Annual statistical returns and brief notes on vaccination in Bengal - 1896-1909
Year: 1896
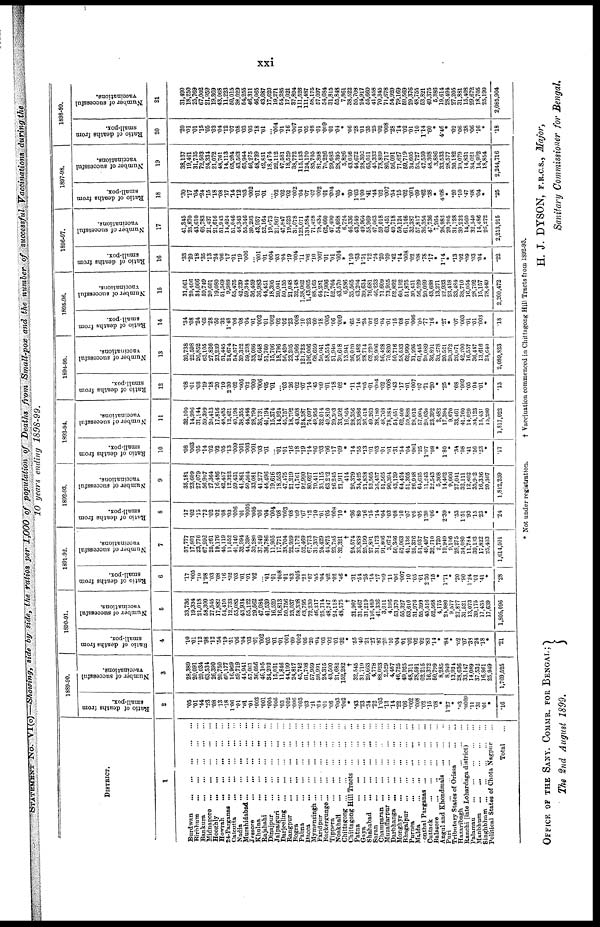
xxi
STATEMENT No. VI (c) —Showing, side by side, the ratios per 1,000 of population of Deaths from Small-pox and the number of successful Vaccinations during the
10 years ending 1898-99.
DISTRICT.
1
Burdwan
...
...
...
...
...
Birbhum
...
...
...
...
...
Bankura
...
...
...
...
...
Midnapore
...
...
...
...
...
Hooghly
...
...
...
...
...
Howrah
...
...
...
...
...
24-Parganas
...
...
...
...
...
Calcutta
...
...
...
...
...
Nadia
...
...
...
...
...
Murshidabad
...
...
...
...
...
Jessore
...
...
...
...
...
Khulna
...
...
...
...
...
Rajshahi
...
...
...
...
...
Dinajpur
...
...
...
...
...
Jalpaiguri
...
...
...
...
...
Darjeeling
...
...
...
...
...
Rangpur
...
...
...
...
...
Bogra
...
...
...
...
...
Pabna
...
...
...
...
...
Dacca
...
...
...
...
...
Mymensingh
...
...
...
...
...
Faridpur
...
...
...
...
...
Backergunge
...
...
...
...
...
Tippera
...
...
...
...
...
Noakhali
...
...
...
...
...
Chittagong
...
...
...
...
...
Chittagong Hill Tracts
...
...
...
Patna
...
...
...
...
...
Gaya
...
...
...
...
...
Shahabad
...
...
...
...
...
Saran
...
...
...
...
...
Champaran
...
...
...
...
...
Muzaffarpur
...
...
...
...
...
Darbhanga
...
...
...
...
...
Monghyr
...
...
...
...
...
Bhagalpur
...
...
...
...
...
Purnea
...
...
...
...
...
Malda
...
...
...
...
...
Sonthal Parganas
...
...
...
...
Guttack
...
...
...
...
...
Balasore
...
...
...
...
...
Angul and Khondmals
...
...
...
Puri
...
...
...
...
...
Tributary States of Orissa
...
...
Hazaribagh
...
...
...
Ranchi (late Lohardaga district) ...
Palamau
...
...
...
...
...
Manbhum
...
...
...
...
...
Singhbhum
...
...
...
...
...
Political States of Chota Nagpur ...
Total ...
1889-90.
Ratio of deaths from
small-pox.
2
.05
.01
.44
.23
.08
.13
.18
1.06
.01
.01
.01
.003
.001
.005
.005
.03
.002
.006
.003
.03
.21
.01
.01
.06
.003
.002
*
.43
.23
.34
.22
1.03
.13
.14
.22
.06
.002
.008
.02
.15
.08
*
1.27
*
.03
.0009
.11
.31
.01
*
.16
Number of successful
vaccinations.
3
28,380
20,091
29,034
63,534
26,390
20,750
60,177
16,969
59,719
44,941
57,061
36,056
46,105
34,202
15,031
11,846
44,199
24,817
45,742
61,708
57,959
38,991
24,315
43,500
21,682
152,282
†
32,545
31,719
29,663
4,778
88,023
2,529
4,467
46,725
49,925
48,311
28,591
62,215
16,372
50,799
8,285
8,940
13,934
28,636
33,147
14,089
37,532
16,861
25,949
1,769,525
1890-91.
Ratio of deaths from
small-pox.
4
.10
.01
.12
.98
.12
.54
.19
.51
.06
.04
.03
.01
.002
.03
.01
.01
.001
.09
.002
.05
.20
.04
.03
.02
.01
.32
*
.55
.40
.21
.27
.87
.20
.10
.04
.01
.02
.02
.02
.83
.14
*
.84
*
.02
.07
.33
.24
.18
*
.21
Number of successful
vaccinations.
5
33,736
19,334
21,018
58,300
27,545
17,882
54,410
12,733
55,085
43,934
55,122
29,562
47,084
41,539
16,529
16,813
50,756
23,037
58,338
63,795
72,230
46,317
25,714
48,747
24,118
48,575
†
31,907
31,467
31,219
116,489
41,336
3,011
4,196
53,370
55,327
53,610
31,976
55,399
45,516
52,568
4,175
21,980
9,577
27,877
31,521
13,073
39,175
17,435
17,639
1,805,096
1891-92.
Ratio of deaths from
small-pox.
6
.17
.005
.10
1.98
.03
.08
.16
.02
.03
.01
.01
.02
...
.01
.01
.008
.01
.03
.005
.21
.07
.05
.04
.02
.02
.46
*
.31
.54
.25
.14
.17
.09
.11
.06
.007
.10
.05
.01
2.36
.15
*
1.71
*
.20
.90
1.24
.01
.41
*
.28
Number of successful
vaccinations.
7
37,777
17,801
23,776
67,992
25,261
19,176
45,119
11,552
41,140
32,994
44,398
30,280
37,249
36,786
11,905
17,771
38,704
22,959
41,172
52,469
67,773
31,357
24,429
44,875
23,795
32,321
†
24,574
33,838
25,199
27,891
31,173
91,806
3,672
50,366
57,063
41,136
25,376
51,037
49,497
32,710
2,720
19,949
9,106
28,275
34,080
11,784
39,193
17,822
25,403
1,614,501
1892-93.
Ratio of deaths from
small-pox.
8
.17
.02
.15
.72
.02
.02
.08
.03
.006
.01
.0005
.005
.06
.04
.004
.08
.003
.08
.09
.67
.12
.10
.01
.05
.008
.10
*
.36
.80
.16
.15
.14
.04
.03
.08
.10
.07
.05
.05
1.30
.06
*
2.39
*
.53
1.51
.93
.15
.23
*
.24
Number of successful
vaccinations.
9
35,181
23,609
27,079
56,907
27,364
16,486
42,457
12,322
59,431
41,861
50,564
33,081
41,277
44,496
19,616
18,553
47,475
21,219
41,761
92,990
80,627
70,411
35,115
63,212
26,245
21,911
414
26,379
34,425
21,838
52,505
25,437
51,565
90,394
43,139
64,424
51,305
26,918
64,635
11,243
22,543
5,308
14,462
9,666
27,041
32,111
12,602
35,962
16,336
20,307
1,812,259
1893-94.
Ratio of deaths from
small-pox.
10
.08
.003
.05
.14
.02
.02
.05
.13
.009
.001
.003
.001
.03
.01
...
.01
.01
.16
.18
.19
.14
.06
.03
.06
.17
.09
*
.14
.55
.13
.01
.03
.01
.01
.31
.54
.04
.001
.25
1.07
.08
*
1.80
*
.34
.08
.41
.56
.23
*
.17
Number of successful
vaccinations.
11
32,100
14,996
31,144
59,399
20,413
17,816
48,485
12,421
40,198
38,355
44,846
28,790
36,731
41,194
15,374
14,924
45,757
18,792
43,408
124,387
74,097
49,958
32,014
49,810
29,303
33,592
16,564
28,356
33,986
36,418
49,263
38,180
48,768
78,384
54,451
62,400
59,888
28,013
57,004
20,030
23,392
2,482
17,394
9,670
33,461
41,760
14,020
34,123
15,431
15,280
1,817,022
1894-95.
Ratio of deaths from
small-pox.
12
.08
.01
.08
.19
.18
.20
.10
2.30
.02
.005
.02
.009
.006
.05
.01
...
.03
.26
.02
.07
.14
.45
.09
.01
.18
.02
*
.11
.14
.05
.01
.004
.02
.008
.43
.17
.01
.007
.07
.71
.20
*
.25
*
.08
.009
.05
.04
.01
*
.13
Number of successful
vaccinations.
13
39,738
22,598
26,852
63,105
27,826
23,239
51,445
24,674
54,577
39,322
59,208
33,086
42,648
51,760
15,706
18,796
56,420
23,205
44,966
121,723
106,006
68,659
50,041
58,554
51,940
30,618
13,941
26,020
33,482
28,714
62,220
35,906
56,428
70,820
50,716
58,533
62,999
31,295
61,445
20,089
36,801
33,278
20,521
20,372
26,071
42,200
16,557
36,447
13,616
24,640
2,089,823
1895-96.
Ratio of deaths from
small-pox.
14
.34
.08
.24
.65
.28
.50
.32
1.48
.06
.08
.04
.01
.002
.01
.002
.02
.02
.23
.008
.10
.23
.60
.18
.005
.06
.009
*
.65
.16
.24
.02
.03
.04
.01
.15
.08
.01
.006
.04
.77
.16
*
.27
*
.07
.003
.01
.01
.003
*
.18
Number of successful
vaccinations.
15
31,061
20,406
34,066
59,749
20,601
19,080
51,569
9,988
55,475
42,239
59,344
36,459
36,983
44,451
18,395
20,041
50,155
21,048
32,148
1,38,062
1,43,005
88,165
64,281
77,906
52,764
43,570
6,586
35,565
43,204
39,634
76,681
46,233
71,609
73,955
52,892
60,192
51,875
30,451
56,529
20,099
43,688
13,271
22,933
23,418
33,484
38,710
16,054
28,792
15,157
28,449
2,200,472
1896-97.
Ratio of deaths from
small-pox.
16
.33
.29
.18
.35
.13
.24
.06
.17
.01
.19
.006
...
.001
.01
.004
.03
.04
.19
.004
.11
.06
.10
.007
.01
.01
.004
*
1.10
.63
1.51
.12
.24
.20
.09
.42
.14
.008
.02
.08
.78
.17
*
1.14
*
.13
.02
.09
.03
.04
*
.22
Number of successful
vaccinations.
17
41,345
25,870
43,610
65,783
21,437
21,616
51,943
14,424
51,046
46,343
55,346
30,293
43,957
52,164
19,073
21,867
47,847
19,523
31,078
128,071
131,584
71,428
78,434
62,660
47,490
54,668
6,724
46,336
43,549
49,964
58,969
47,063
59,018
63,451
49,718
59,124
61,146
32,387
57,817
36,354
47,736
7,264
26,982
20,205
31,128
39,222
14,560
32,540
14,486
26,272
2,213,915
1897-98.
Ratio of deaths from
small-pox.
18
.30
.17
.04
.24
.15
.18
.08
.17
.14
.12
.03
.002
.01
.01
...
.02
.02
.02
.002
.04
.07
.07
.002
.01
.004
.05
*
.60
1.03
1.00
.41
.44
.02
.007
.54
.15
.02
.001
.09
.62
.38
*
4.08
*
.20
.10
.47
.08
.04
*
.25
Number of successful
vaccinations.
19
38,137
19,461
31,735
72,503
24,334
21,072
48,761
14,113
65,204
43,563
65,944
46,275
48,739
42,851
18,474
22,112
47,581
18,529
38,772
115,133
124,170
85,705
81,898
70,226
29,682
28,395
5,826
43,056
44,672
28,302
65,051
45,332
78,809
80,717
56,091
71,627
59,719
34,605
53,727
47,550
48,308
3,886
33,533
28,577
30,182
39,079
14,831
34,021
14,992
18,854
2,244,716
1898-99.
Ratio of deaths from
small-pox.
20
.20
.01
.01
.15
.05
.03
.04
.12
.07
.08
.03
.03
.18
.01
...
.004
.01
.16
.007
.01
.05
.08
.01
.009
.01
.04
*
.06
.28
.01
.35
.25
.02
.008
.28
.14
.02
.01
.10
1.14
.60
*
4.46
*
.02
.06
.38
.06
.16
*
.18
Number of successful
vaccinations.
21
31,490
18,250
25,769
67,002
21,959
19,369
43,068
11,223
50,015
38,029
54,255
46,311
46,065
43,687
17,620
19,271
54,285
17,021
37,894
111,526
111,487
58,175
57,097
54,684
31,815
55,848
7,861
38,522
55,708
24,917
55,660
41,458
70,345
71,678
54,920
79,169
59,569
29,376
48,755
53,821
49,375
5,386
19,614
28,494
27,205
31,881
15,408
29,672
18,705
25,190
2,085,904
* Not under registration.
† Vaccination commenced in Chittagong Hill Tracts from 1892-93.
OFFICE OF THE SANY. COMMR. FOR BENGAL;
The 2nd August 1899.
H. J. DYSON, F.R.C.S., Major,
Sanitary Commissioner for Bengal.